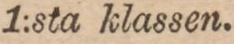
1:sta klassen.